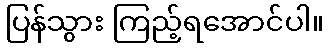
ပြန်သွား ကြည့်ရအောင်ပါ။